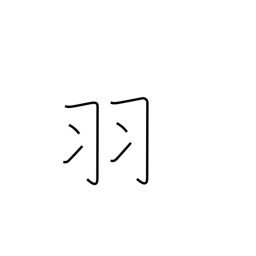
Meaning: counter for birds, rabbits